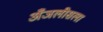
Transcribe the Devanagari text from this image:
अँजलीसला